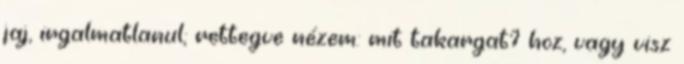
jaj, irgalmatlanul; rettegve nézem: mit takargat? hoz, vagy visz